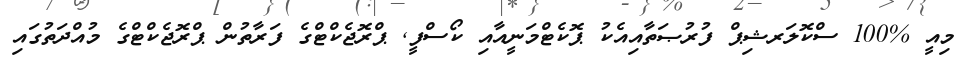
މިއީ %100 ސްކޮލަރޝިޕް ފުރުޞަތާއިއެކު ޕޮކެޓްމަނީއާއި ކޯސްފީ